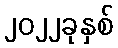
၂၀၂၂ခုနှစ်